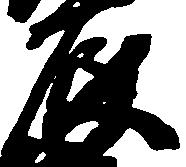
辰